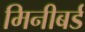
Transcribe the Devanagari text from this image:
मिनीबर्ड